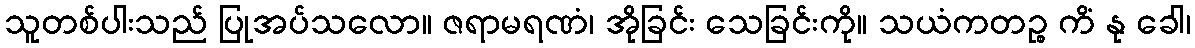
သူတစ်ပါးသည် ပြုအပ်သလော။ ဇရာမရဏံ၊ အိုခြင်း သေခြင်းကို။ သယံကတဉ္စ ကိံ နု ခေါ၊